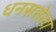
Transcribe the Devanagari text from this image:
धनसत्तेला